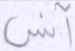
آنس